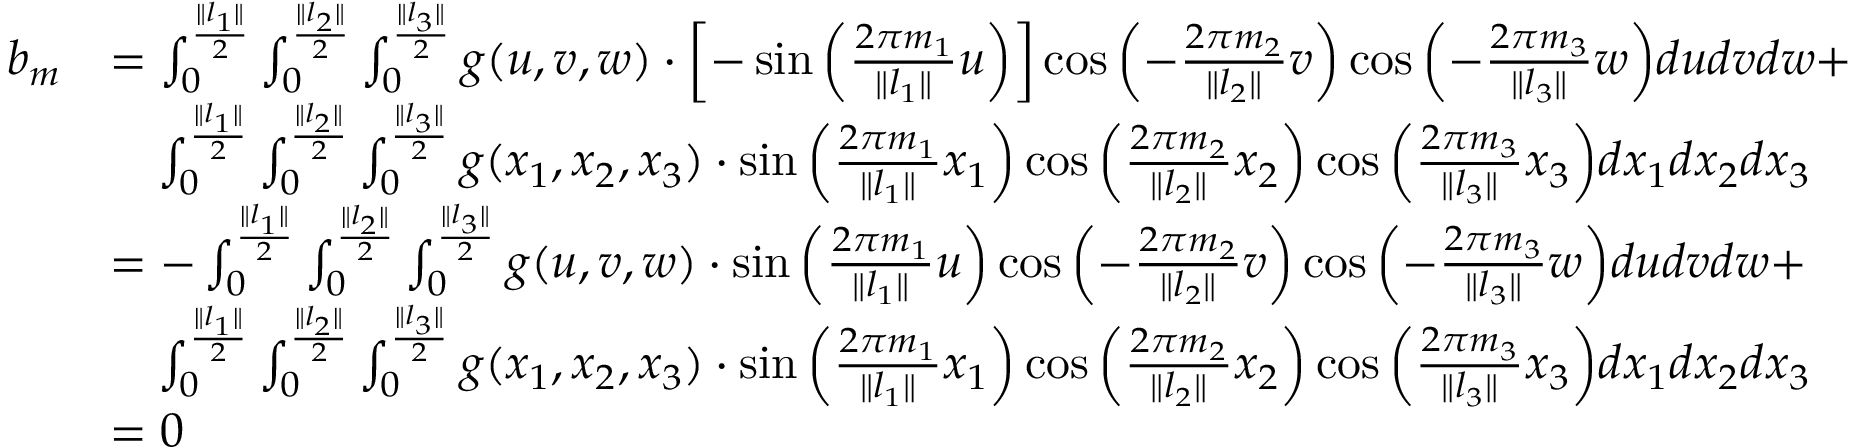
\begin{array} { r l } { b _ { m } } & { = \int _ { 0 } ^ { \frac { \| l _ { 1 } \| } { 2 } } \int _ { 0 } ^ { \frac { \| l _ { 2 } \| } { 2 } } \int _ { 0 } ^ { \frac { \| l _ { 3 } \| } { 2 } } g ( u , v , w ) \cdot \left[ - \sin { \left( \frac { 2 \pi m _ { 1 } } { \| l _ { 1 } \| } u \right) } \right] \cos { \left( - \frac { 2 \pi m _ { 2 } } { \| l _ { 2 } \| } v \right) } \cos { \left( - \frac { 2 \pi m _ { 3 } } { \| l _ { 3 } \| } w \right) } d u d v d w + } \\ & { \quad \int _ { 0 } ^ { \frac { \| l _ { 1 } \| } { 2 } } \int _ { 0 } ^ { \frac { \| l _ { 2 } \| } { 2 } } \int _ { 0 } ^ { \frac { \| l _ { 3 } \| } { 2 } } g ( x _ { 1 } , x _ { 2 } , x _ { 3 } ) \cdot \sin { \left( \frac { 2 \pi m _ { 1 } } { \| l _ { 1 } \| } x _ { 1 } \right) } \cos { \left( \frac { 2 \pi m _ { 2 } } { \| l _ { 2 } \| } x _ { 2 } \right) } \cos { \left( \frac { 2 \pi m _ { 3 } } { \| l _ { 3 } \| } x _ { 3 } \right) } d x _ { 1 } d x _ { 2 } d x _ { 3 } } \\ & { = - \int _ { 0 } ^ { \frac { \| l _ { 1 } \| } { 2 } } \int _ { 0 } ^ { \frac { \| l _ { 2 } \| } { 2 } } \int _ { 0 } ^ { \frac { \| l _ { 3 } \| } { 2 } } g ( u , v , w ) \cdot \sin { \left( \frac { 2 \pi m _ { 1 } } { \| l _ { 1 } \| } u \right) } \cos { \left( - \frac { 2 \pi m _ { 2 } } { \| l _ { 2 } \| } v \right) } \cos { \left( - \frac { 2 \pi m _ { 3 } } { \| l _ { 3 } \| } w \right) } d u d v d w + } \\ & { \quad \int _ { 0 } ^ { \frac { \| l _ { 1 } \| } { 2 } } \int _ { 0 } ^ { \frac { \| l _ { 2 } \| } { 2 } } \int _ { 0 } ^ { \frac { \| l _ { 3 } \| } { 2 } } g ( x _ { 1 } , x _ { 2 } , x _ { 3 } ) \cdot \sin { \left( \frac { 2 \pi m _ { 1 } } { \| l _ { 1 } \| } x _ { 1 } \right) } \cos { \left( \frac { 2 \pi m _ { 2 } } { \| l _ { 2 } \| } x _ { 2 } \right) } \cos { \left( \frac { 2 \pi m _ { 3 } } { \| l _ { 3 } \| } x _ { 3 } \right) } d x _ { 1 } d x _ { 2 } d x _ { 3 } } \\ & { = 0 } \end{array}